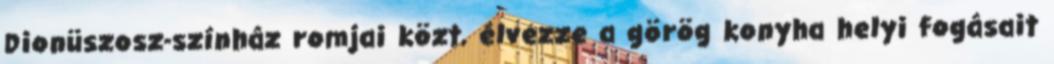
Dionüszosz-színház romjai közt, élvezze a görög konyha helyi fogásait